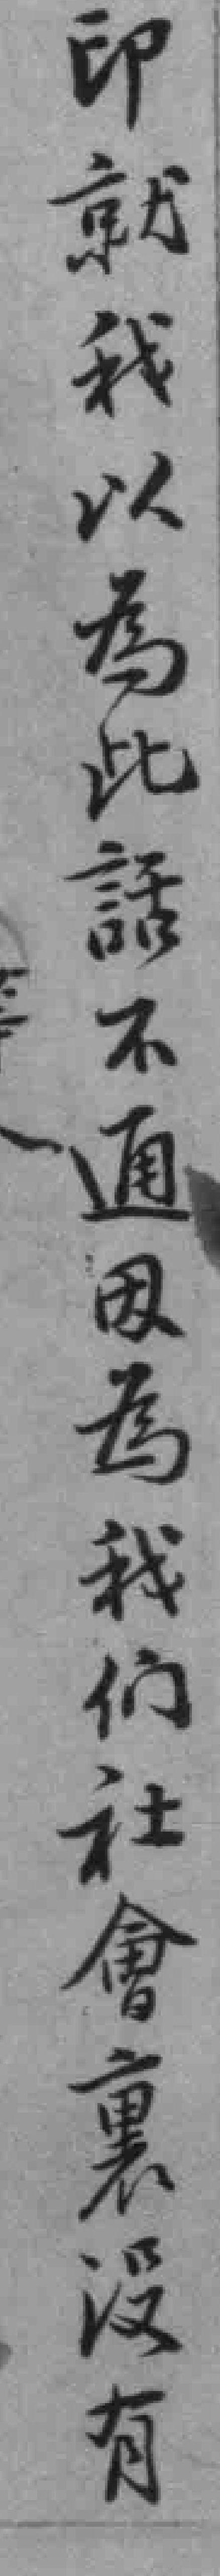
印就我以為此話不通因為我们社會裏沒有